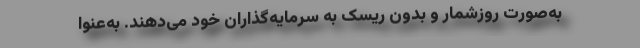
به‌صورت روزشمار و بدون ریسک به سرمایه‌گذاران خود می‌دهند. به‌عنوا